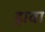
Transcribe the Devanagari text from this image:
ड्रावा